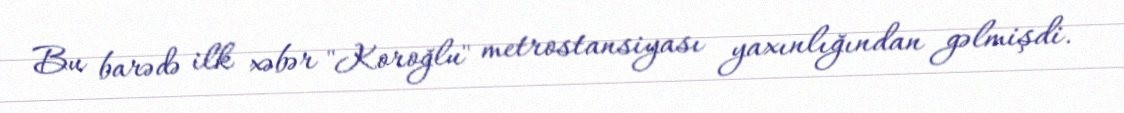
Bu barədə ilk xəbər "Koroğlu" metrostansiyası yaxınlığından gəlmişdi.